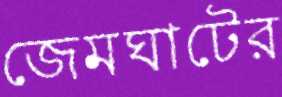
জেমঘাটের